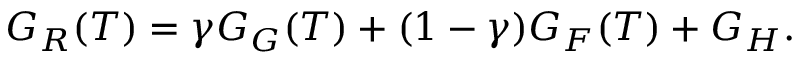
G _ { R } ( T ) = \gamma { G _ { G } ( T ) } + ( 1 - \gamma ) G _ { F } ( T ) + G _ { H } .